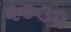
૨૦૩૨